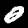
Label: 0